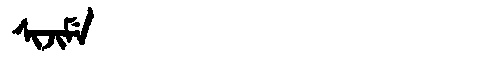
Manchu: ᠰᡳᠵᡳᠮᡝ
Romanization: SIJIME